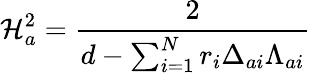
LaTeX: \mathcal{H}_{a}^{2}={\frac{{2}}{{d-\sum_{i=1}^{N}r_{i}\Delta_{ai}\Lambda_{ai}}}}